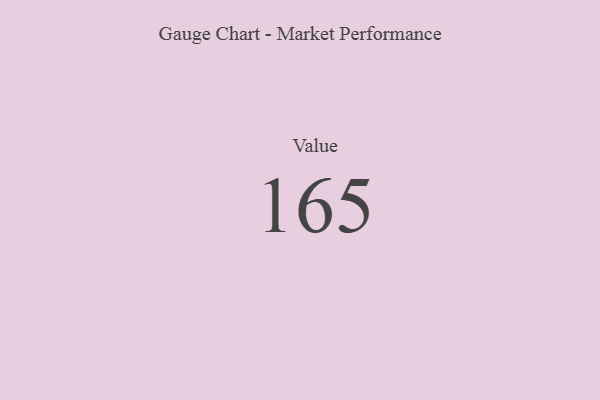
{"axis": {"x": "Metric", "y": "Value"}, "legend": [""], "data": [{"x": "Value", "y": 165, "type": ""}]}